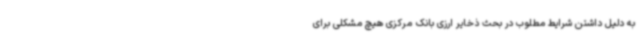
به دلیل داشتن شرایط مطلوب در بحث ذخایر ارزی بانک مرکزی هیچ مشکلی برای